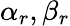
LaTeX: \alpha_{r},\beta_{r}